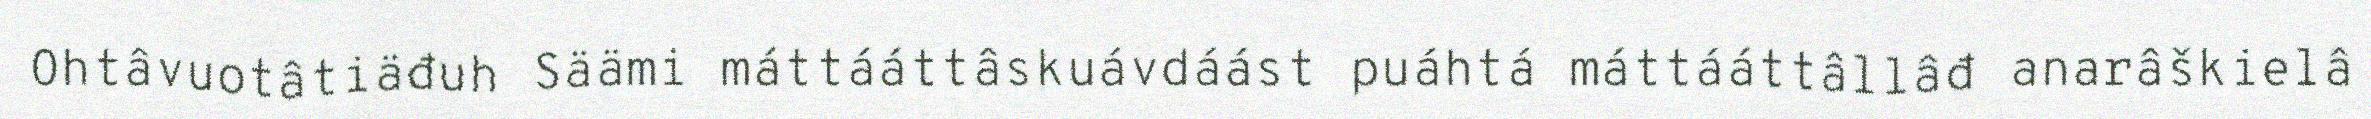
Ohtâvuotâtiäđuh Säämi máttááttâskuávdáást puáhtá máttááttâllâđ anarâškielâ